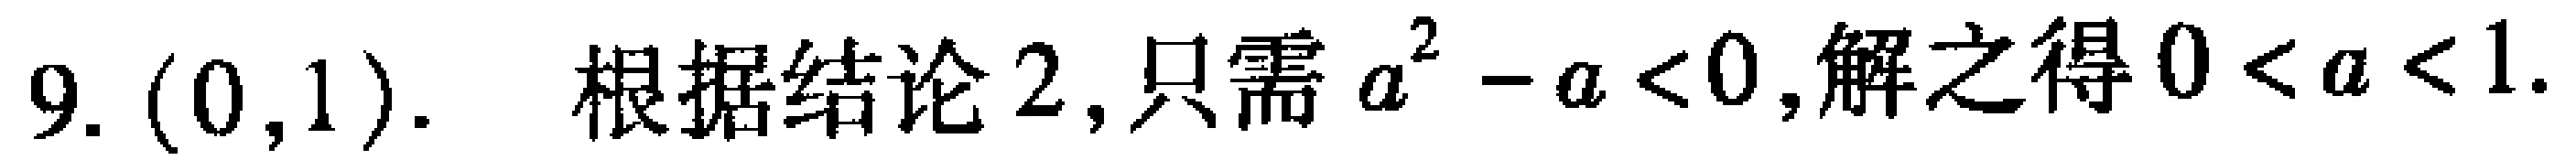
9. $(0,1)$. 根据结论2,只需$a^{2}-a<0$,解之得$0 < a < 1$.